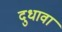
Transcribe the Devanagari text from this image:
दुधावा